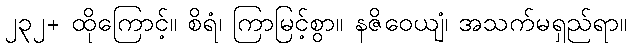
၂၃၂+ ထိုကြောင့်။ စိရံ၊ ကြာမြင့်စွာ။ နဇိဝေယျံ၊ အသက်မရှည်ရာ။